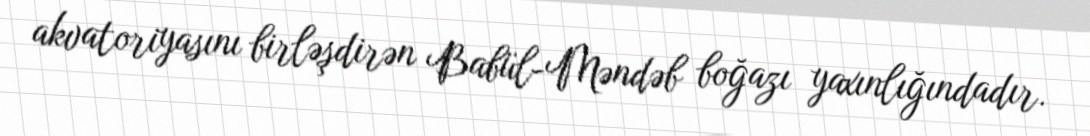
akvatoriyasını birləşdirən Babül-Məndəb boğazı yaxınlığındadır.